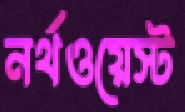
নর্থওয়েস্ট